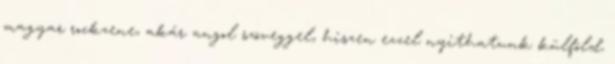
magyar rockzene, akár angol szöveggel, hiszen ezzel nyithatunk külföld